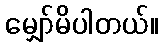
မျှော်မိပါတယ်။